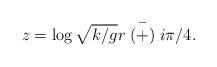
LaTeX: \begin{align*}z=\log\sqrt{k/g}r \stackrel{-}{(+)} i\pi/4.\end{align*}